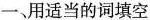
一、用适当的词填空